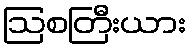
ဩစတြီးယား